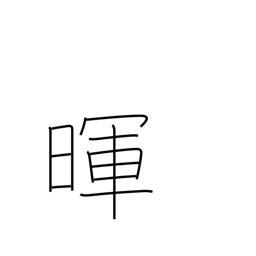
Meaning: light